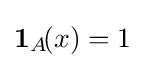
\mathbf {1} _{A}\!(x)=1